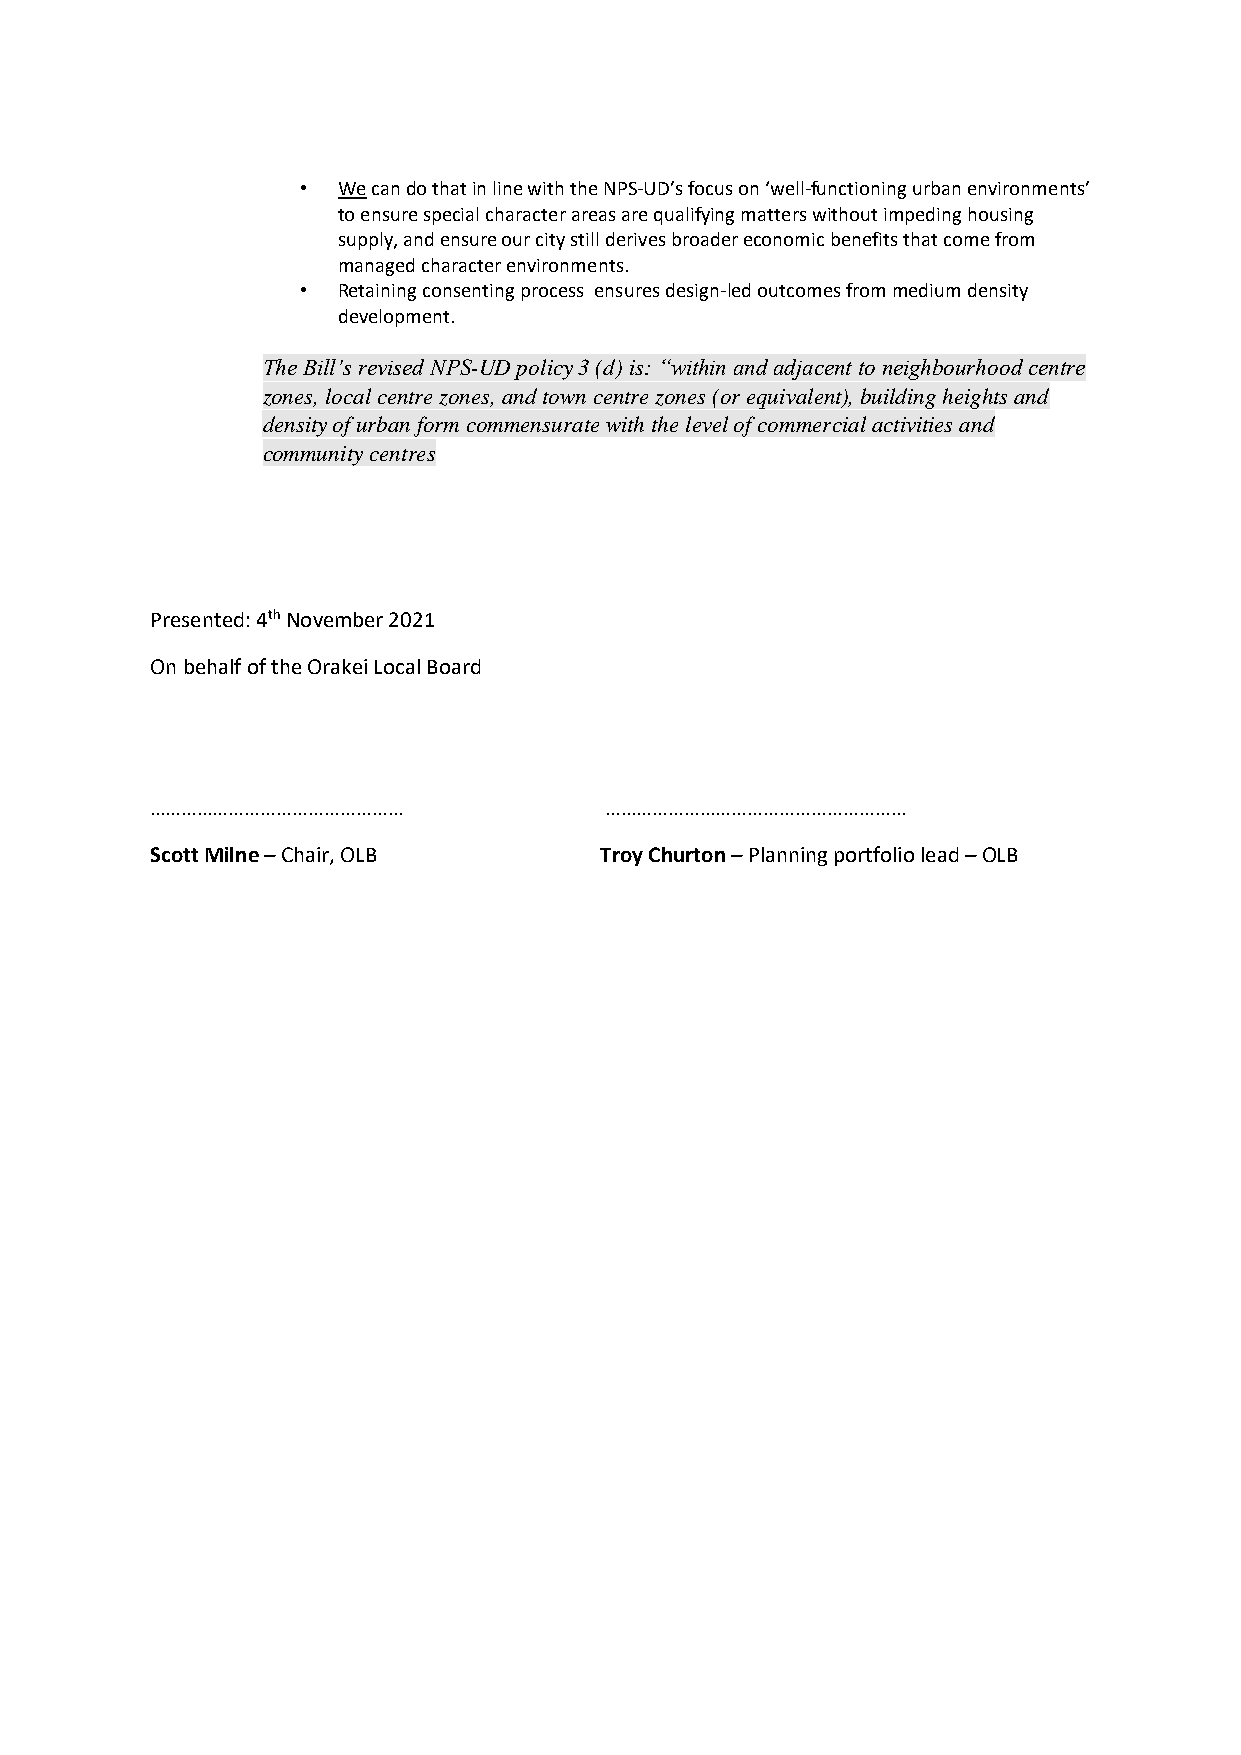
• We can do that in line with the NPS-UD’s focus on ‘well-functioning urban environments’
 to ensure special character areas are qualifying matters without impeding housing
 supply, and ensure our city still derives broader economic benefits that come from
 managed character environments.
 • Retaining consenting process ensures design-led outcomes from medium density
 development.
 The Bill’s revised NPS-UD policy 3 (d) is: “within and adjacent to neighbourhood centre
 zones, local centre zones, and town centre zones (or equivalent), building heights and
 density of urban form commensurate with the level of commercial activities and
 community centres
 Presented: 4th November 2021
 On behalf of the Orakei Local Board
 …………………………………………              …………………………………………………
 Scott Milne – Chair, OLB      Troy Churton – Planning portfolio lead – OLB